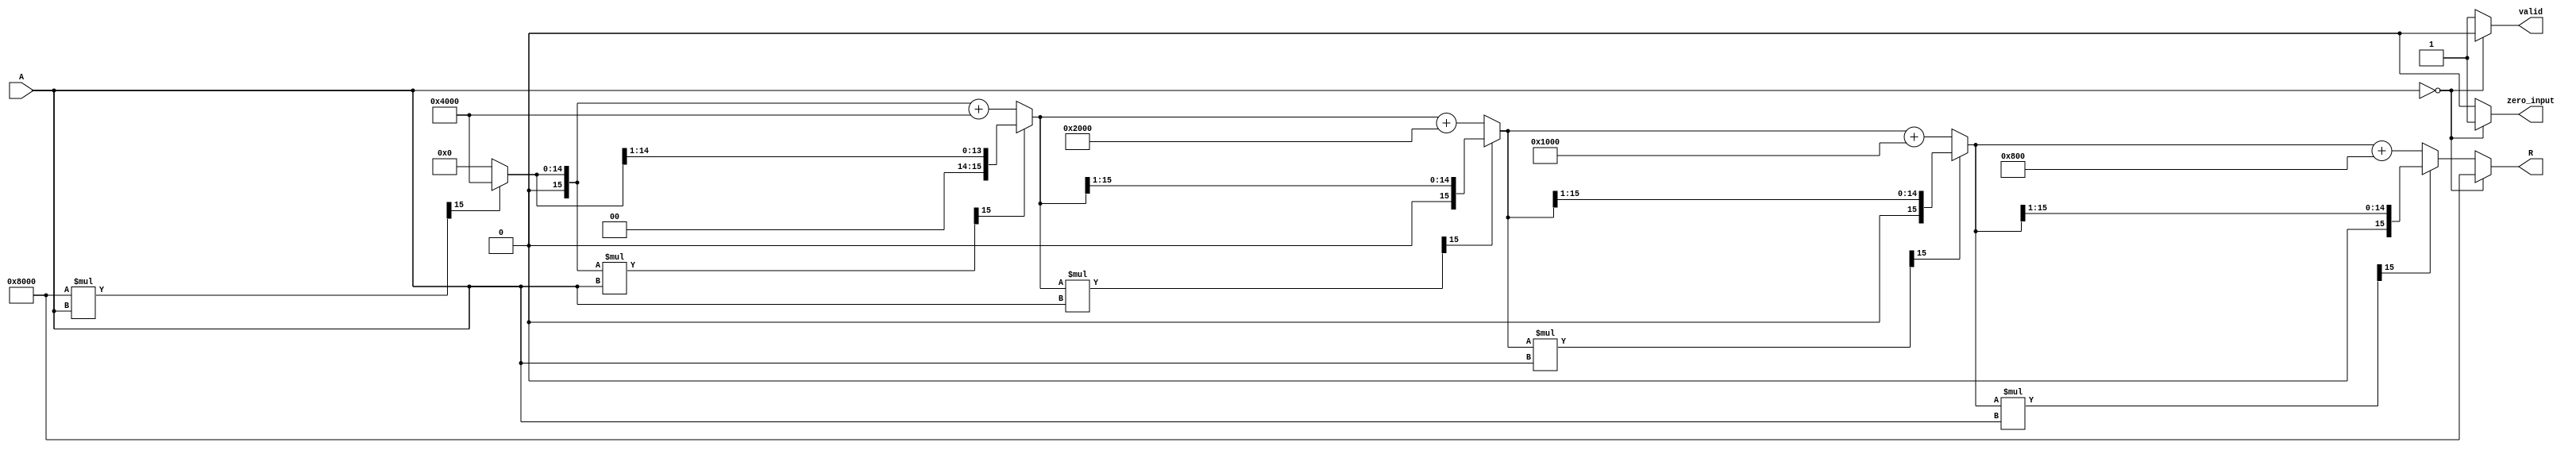
module BitwiseReciprocal #(
    parameter N = 16, // Bit-width of input and output
    parameter ITERATIONS = 5 // Number of iterations for approximation
)(
    input  wire [N-1:0] A, // Input: n-bit unsigned binary number
    output reg  [N-1:0] R, // Output: n-bit unsigned binary number (approximate reciprocal)
    output reg  valid,      // Output valid signal
    output reg  zero_input  // Zero input flag
);

    // Internal registers
    reg [N-1:0] guess; // Current guess for the reciprocal
    reg [N-1:0] product; // Product of guess and input A
    integer i;

    always @(*) begin
        // Initialize output and flags
        R = 0;
        valid = 0;
        zero_input = 0;

        // Handle zero input case
        if (A == 0) begin
            zero_input = 1;
            R = {1'b1, {N-1{1'b0}}}; // Output can be set to a predefined value (e.g., infinity)
        end else begin
            // Initialize guess (starting with a constant value)
            guess = {1'b1, {N-1{1'b0}}}; // Initial guess (1.0 in fixed-point representation)

            // Iteratively refine the guess
            for (i = 0; i < ITERATIONS; i = i + 1) begin
                product = guess * A; // Calculate product of guess and input A

                // Adjust guess based on the product
                if (product[N-1:N-1] == 1'b1) begin // If product >= 1
                    guess = guess >> 1; // Shift right (reduce guess)
                end else begin // If product < 1
                    guess = guess + (1 << (N-1-i)); // Adjust guess (add a scaled value)
                end
            end

            // Assign the final guess to output
            R = guess;
            valid = 1; // Set valid flag
        end
    end

endmodule